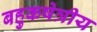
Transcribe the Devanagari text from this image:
बहुकषेत्रीय